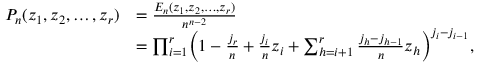
\begin{array} { r l } { P _ { n } ( z _ { 1 } , z _ { 2 } , \dots , z _ { r } ) } & { = \frac { E _ { n } ( z _ { 1 } , z _ { 2 } , \dots , z _ { r } ) } { n ^ { n - 2 } } } \\ & { = \prod _ { i = 1 } ^ { r } \Bigl ( 1 - \frac { j _ { r } } { n } + \frac { j _ { i } } { n } z _ { i } + \sum _ { h = i + 1 } ^ { r } \frac { j _ { h } - j _ { h - 1 } } { n } z _ { h } \Bigr ) ^ { j _ { i } - j _ { i - 1 } } , } \end{array}